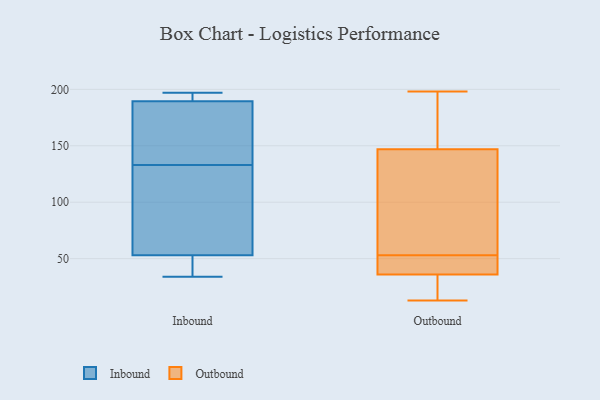
{"axis": {"x": "LTV (USD)", "y": "Value"}, "legend": ["Inbound", "Outbound"], "data": [{"x": "", "y": 188, "type": "Inbound"}, {"x": "", "y": 50, "type": "Inbound"}, {"x": "", "y": 78, "type": "Inbound"}, {"x": "", "y": 62, "type": "Inbound"}, {"x": "", "y": 160, "type": "Inbound"}, {"x": "", "y": 47, "type": "Inbound"}, {"x": "", "y": 133, "type": "Inbound"}, {"x": "", "y": 34, "type": "Inbound"}, {"x": "", "y": 195, "type": "Inbound"}, {"x": "", "y": 197, "type": "Inbound"}, {"x": "", "y": 190, "type": "Inbound"}, {"x": "", "y": 198, "type": "Outbound"}, {"x": "", "y": 114, "type": "Outbound"}, {"x": "", "y": 55, "type": "Outbound"}, {"x": "", "y": 101, "type": "Outbound"}, {"x": "", "y": 50, "type": "Outbound"}, {"x": "", "y": 162, "type": "Outbound"}, {"x": "", "y": 27, "type": "Outbound"}, {"x": "", "y": 19, "type": "Outbound"}, {"x": "", "y": 13, "type": "Outbound"}, {"x": "", "y": 50, "type": "Outbound"}, {"x": "", "y": 193, "type": "Outbound"}, {"x": "", "y": 36, "type": "Outbound"}, {"x": "", "y": 33, "type": "Outbound"}, {"x": "", "y": 51, "type": "Outbound"}, {"x": "", "y": 62, "type": "Outbound"}, {"x": "", "y": 176, "type": "Outbound"}, {"x": "", "y": 147, "type": "Outbound"}, {"x": "", "y": 43, "type": "Outbound"}]}